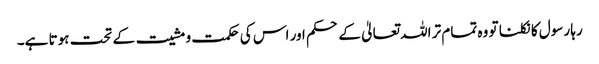
رہا رسول کا نکلنا تو وہ تمام تر اللہ تعالیٰ کے حکم اور اس کی حکمت و مشیت کے تحت ہوتا ہے۔